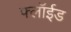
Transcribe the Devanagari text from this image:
फ्लॉईड